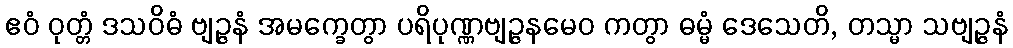
ဧဝံ ဝုတ္တံ ဒသဝိဓံ ဗျဉ္ဇနံ အမက္ခေတွာ ပရိပုဏ္ဏဗျဉ္ဇနမေဝ ကတွာ ဓမ္မံ ဒေသေတိ, တသ္မာ သဗျဉ္ဇနံ